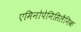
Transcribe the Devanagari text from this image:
एमिनोपेनिसिलैनिक